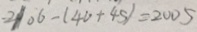
2 1 0 6 - ( 4 0 + 4 5 ) = 2 0 0 5